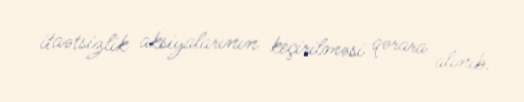
itaətsizlik aksiyalarının keçirilməsi qərara alınıb.